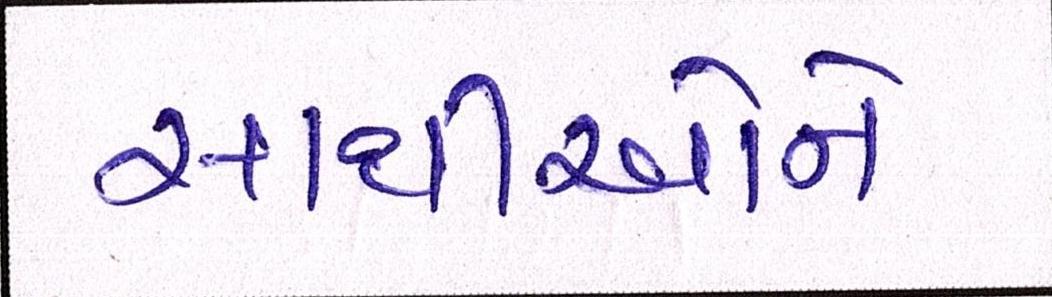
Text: સાથીઓને